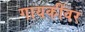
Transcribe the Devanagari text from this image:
गायकींवर